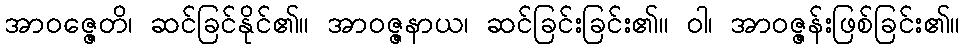
အာဝဇ္ဇေတိ၊ ဆင်ခြင်နိုင်၏။ အာဝဇ္ဇနာယ၊ ဆင်ခြင်းခြင်း၏။ ဝါ၊ အာဝဇ္ဇန်းဖြစ်ခြင်း၏။